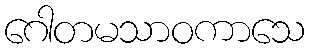
ဂေါတမသာဝကာသေ